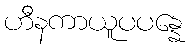
ဟီနကာယူပပန္နေ